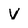
Character: v